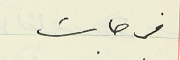
فرحات